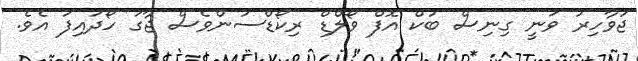
ޖަވާހިރު ވަނީ ގިނިސް ބުކް އޮފް ވޯލްޑް ރިކޯޑްސުންވެސް ޖާގަ ހޯދައިފަ އެވެ.